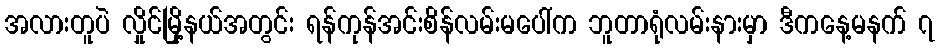
အလားတူပဲ လှိုင်မြို့နယ်အတွင်း ရန်ကုန်အင်းစိန်လမ်းမပေါ်က ဘူတာရုံလမ်းနားမှာ ဒီကနေ့မနက် ၇